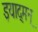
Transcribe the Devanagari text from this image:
इयाद्मन्